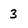
Character: 3